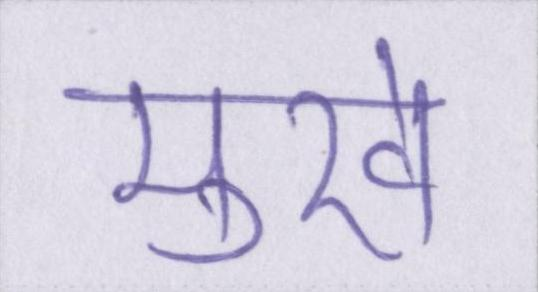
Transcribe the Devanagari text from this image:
मुखे